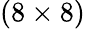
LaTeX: (8\times 8)